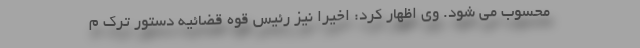
محسوب می شود. وی اظهار کرد: اخیرا نیز رئیس قوه قضائیه دستور ترک م